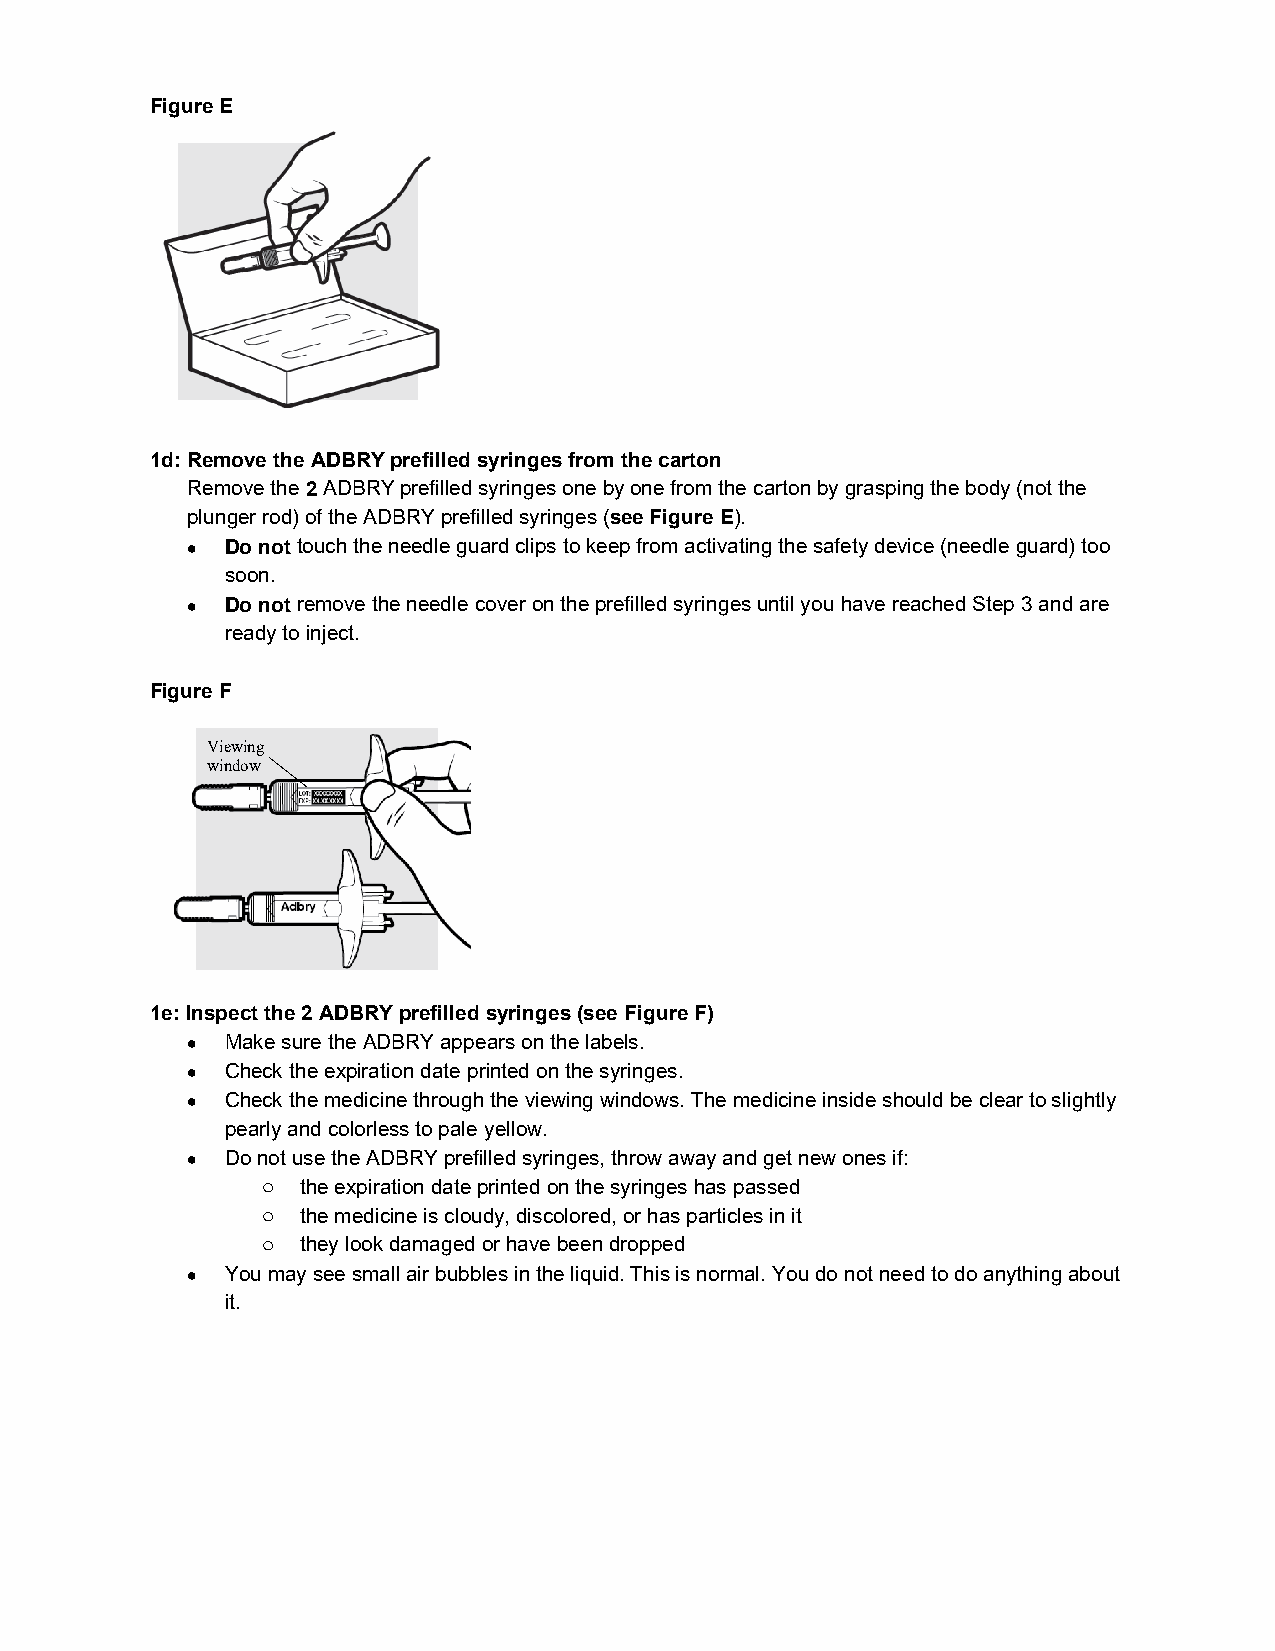
Figure E
 1d: Remove the ADBRY prefilled syringes from the carton
 Remove the 2 ADBRY prefilled syringes one by one from the carton by grasping the body (not the
 plunger rod) of the ADBRY prefilled syringes (see Figure E).
 •  Do not touch the needle guard clips to keep from activating the safety device (needle guard) too
 soon.
 •  Do not remove the needle cover on the prefilled syringes until you have reached Step 3 and are
 ready to inject.
 Figure F
 Viewing
 window
 1e: Inspect the 2 ADBRY prefilled syringes (see Figure F)
 •  Make sure the ADBRY appears on the labels.
 •  Check the expiration date printed on the syringes.
 •  Check the medicine through the viewing windows. The medicine inside should be clear to slightly
 pearly and colorless to pale yellow.
 •  Do not use the ADBRY prefilled syringes, throw away and get new ones if:
 o  the expiration date printed on the syringes has passed
 o  the medicine is cloudy, discolored, or has particles in it
 o  they look damaged or have been dropped
 •  You may see small air bubbles in the liquid. This is normal. You do not need to do anything about
 it.